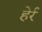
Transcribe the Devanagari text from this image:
हेर्र